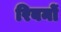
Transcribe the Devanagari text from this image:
रिबनों